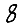
Digit: 8